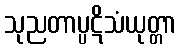
သုညတာပ္ပဋိသံယုတ္တာ